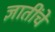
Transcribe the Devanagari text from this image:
ज्ञातींचें